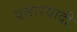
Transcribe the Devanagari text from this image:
प्रसारवादी